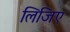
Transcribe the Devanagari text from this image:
लिजिए